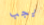
يجب